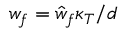
w _ { f } = \hat { w } _ { f } \kappa _ { T } / d